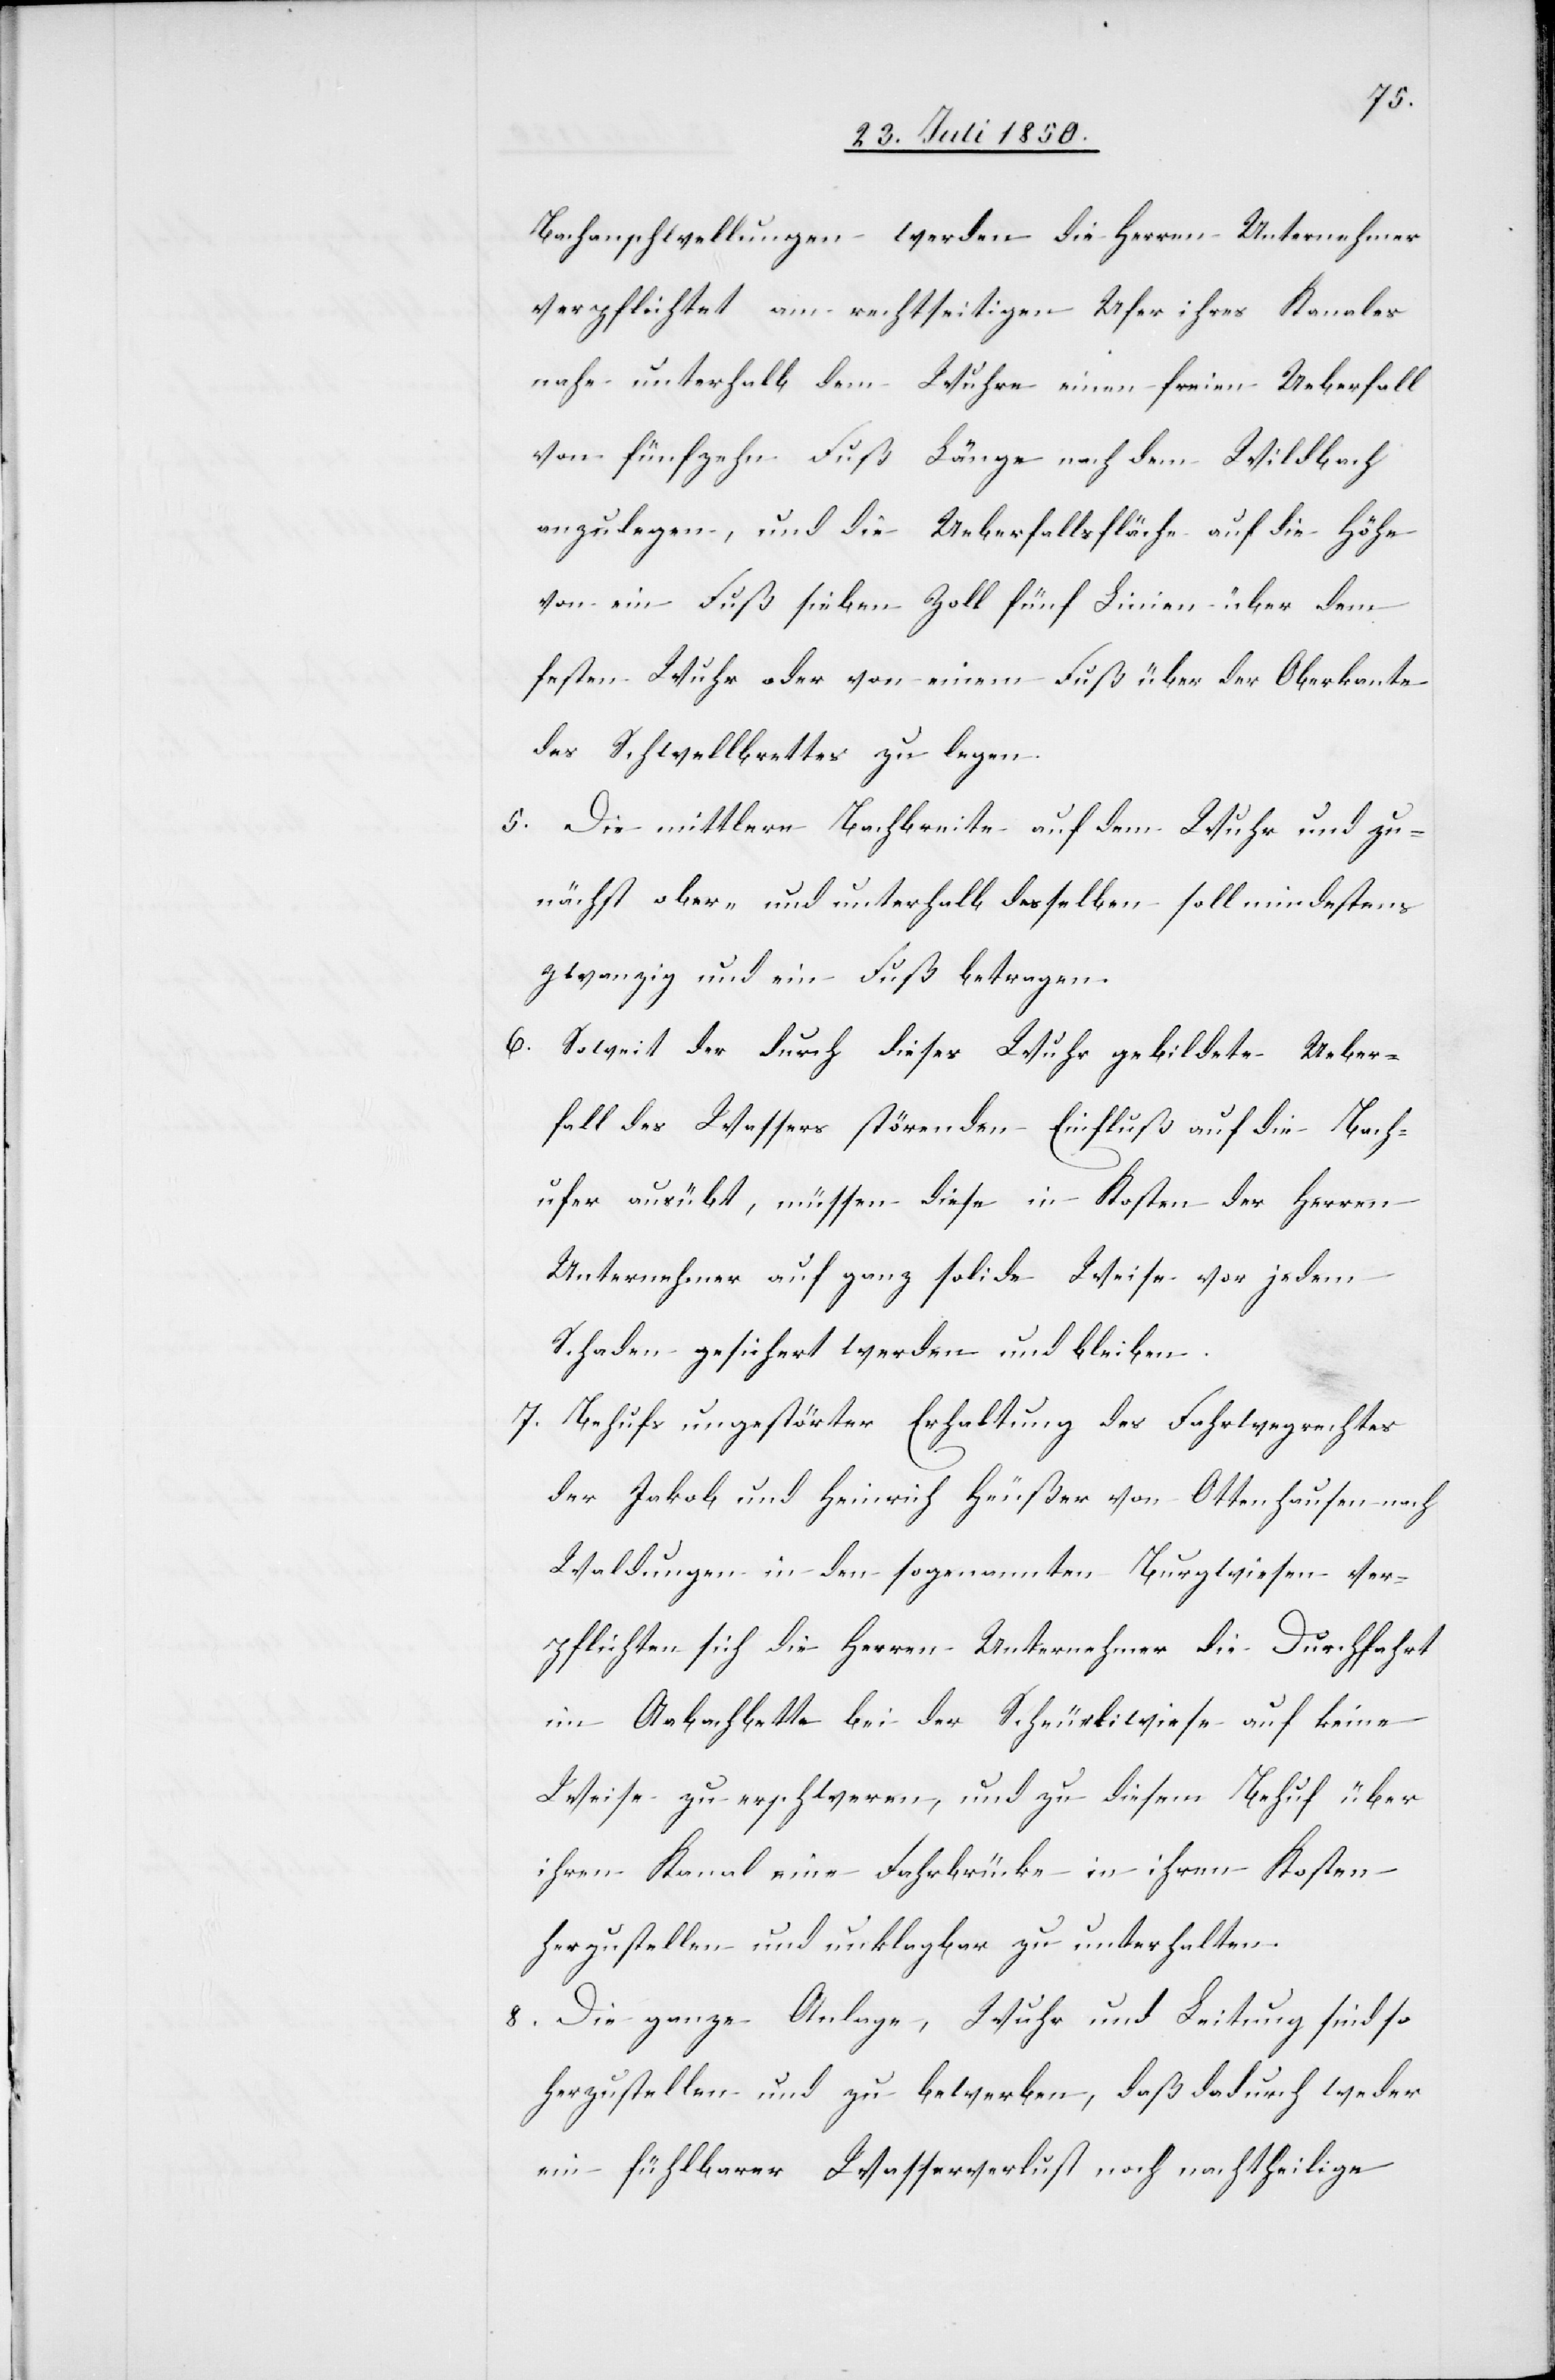
Bachanschwellungen werden die Herren Unternehmer
verpflichtet am rechtseitigen Ufer ihres Kanales
nahe unterhalb dem Wuhre einen freien Ueberfall
von fünfzehn Fuß Länge nach dem Wildbach
anzulegen, und die Ueberfallsfläche auf die Höhe
von ein Fuß sieben Zoll fünf Linien über dem
festen Wuhr oder von einem Fuß über der Oberkante
des Schwellbrettes zu legen.
5. Die mittlere Bachreite auf dem Wuhr und zu¬
nächst ober- und unterhalb desselben soll mindestens
zwanzig und ein Fuß betragen.
6. Soweit der durch dieses Wuhr gebildete Ueber¬
fall des Wassers störenden Einfluß auf die Bach¬
ufer ausübt, müssen diese in Kosten der Herren
Unternehmer auf ganz solide Weise vor jedem
Schaden gesichert werden und bleiben.
7. Behufs ungestörter Erhaltung des Fahrwegrechtes
der Jakob und Heinrich Heußer von Ottenhausen nach
Waldungen in den sogenannten Burgwiesen ver¬
pflichten sich die Herren Unternehmer die Durchfahrt
im Aabachbette bei der Scheurliwiese auf keine
Weise zu erschweren, und zu diesem Behuf über
ihren Kanal eine Fahrbrücke in ihren Kosten
herzustellen und unklagbar zu unterhalten.
8. Die ganze Anlage, Wuhr und Leitung sind so
herzustellen und zu bewerben, daß dadurch weder
ein fühlbarer Wasserverlust noch nachtheilige